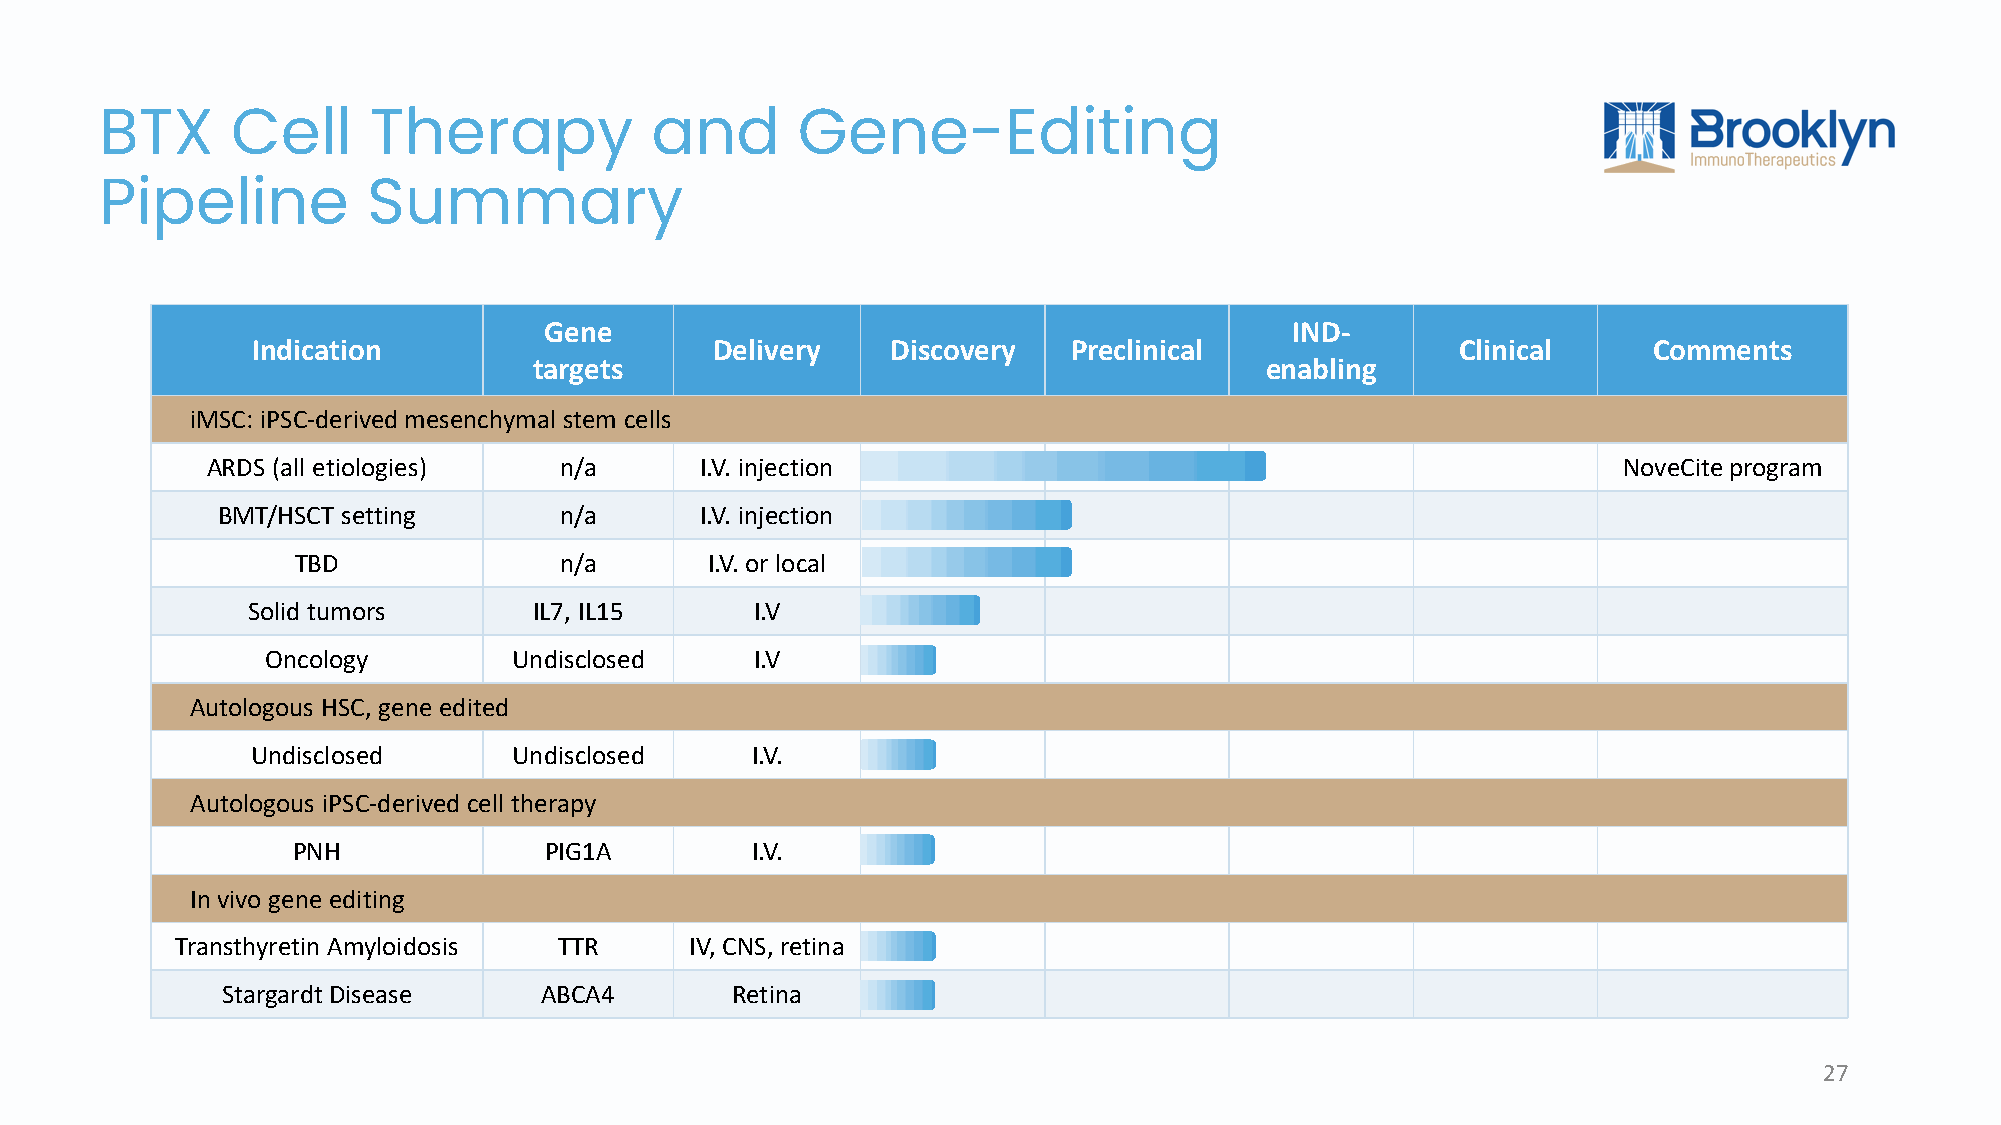
BTX     Cell     Therapy            and       Gene-Editing
 Pipeline         Summary
 Gene                                              IND-
 Indication                    Delivery    Discovery   Preclinical               Clinical    Comments
 targets                                          enabling
 iMSC: iPSC-derived mesenchymal stem cells​
 ARDS (all etiologies)​ n/a​     I.V. injection​                                              NoveCite program​
 BMT/HSCT setting​      n/a​     I.V. injection​
 TBD​             n/a​      I.V. or local​
 Solid tumors​      IL7, IL15​     I.V​
 Oncology​       Undisclosed​    I.V​
 Autologous HSC, gene edited​
 Undisclosed​     Undisclosed​    I.V.​
 Autologous iPSC-derived cell therapy​
 PNH​             PIG1A         I.V.​
 In vivo gene editing​
 Transthyretin Amyloidosis​ TTR​   IV, CNS​, retina
 Stargardt Disease​   ABCA4​      Retina​
 27